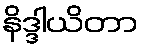
နိဒ္ဒါယိတာ